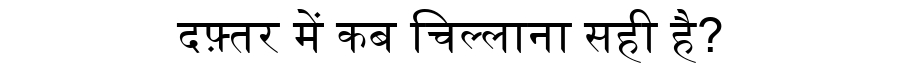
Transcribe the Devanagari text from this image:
दफ़्तर में कब चिल्लाना सही है?